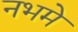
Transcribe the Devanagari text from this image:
नभमे